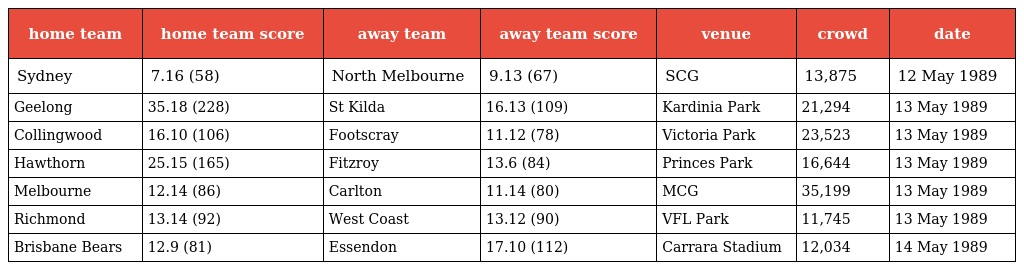
| home team | home team score | away team | away team score | venue | crowd | date |
 | --- | --- | --- | --- | --- | --- | --- |
 | Sydney | 7.16 (58) | North Melbourne | 9.13 (67) | SCG | 13,875 | 12 May 1989 |
 | Geelong | 35.18 (228) | St Kilda | 16.13 (109) | Kardinia Park | 21,294 | 13 May 1989 |
 | Collingwood | 16.10 (106) | Footscray | 11.12 (78) | Victoria Park | 23,523 | 13 May 1989 |
 | Hawthorn | 25.15 (165) | Fitzroy | 13.6 (84) | Princes Park | 16,644 | 13 May 1989 |
 | Melbourne | 12.14 (86) | Carlton | 11.14 (80) | MCG | 35,199 | 13 May 1989 |
 | Richmond | 13.14 (92) | West Coast | 13.12 (90) | VFL Park | 11,745 | 13 May 1989 |
 | Brisbane Bears | 12.9 (81) | Essendon | 17.10 (112) | Carrara Stadium | 12,034 | 14 May 1989 |